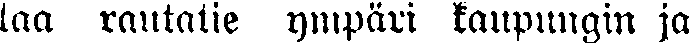
taa rantatie ympäri kaupungin ja